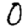
Digit: 0